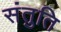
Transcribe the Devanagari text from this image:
संतुति